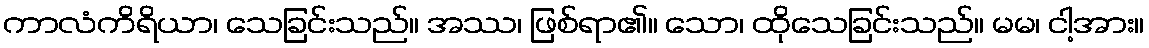
ကာလံကိရိယာ၊ သေခြင်းသည်။ အဿ၊ ဖြစ်ရာ၏။ သော၊ ထိုသေခြင်းသည်။ မမ၊ ငါ့အား။